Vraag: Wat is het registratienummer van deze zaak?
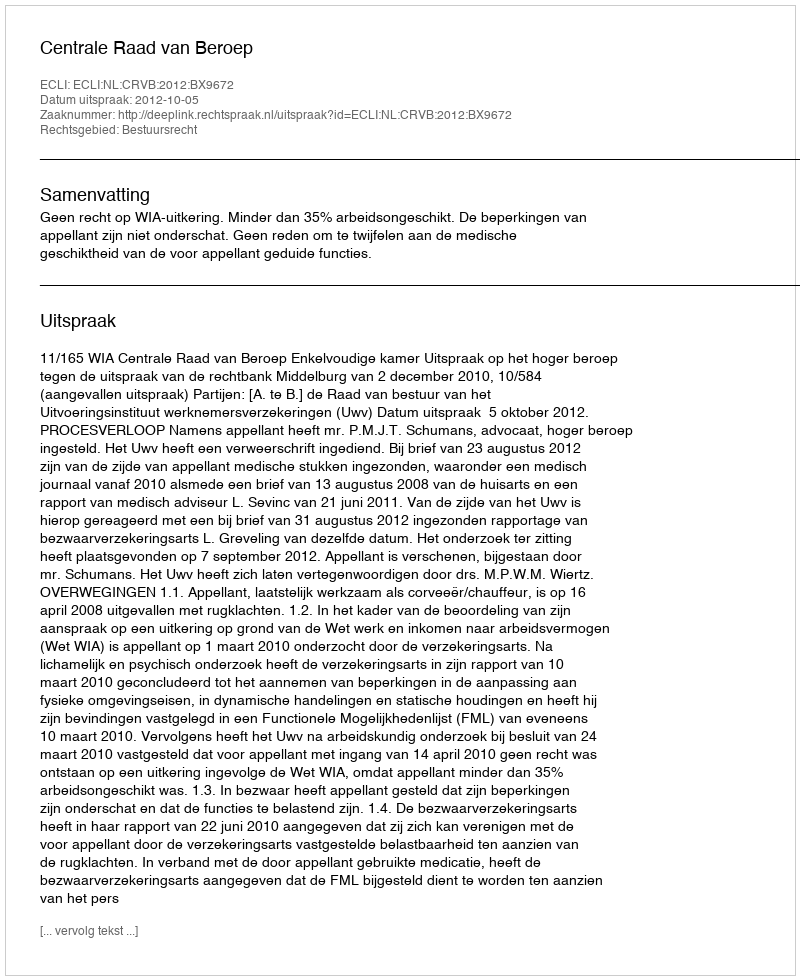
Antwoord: http://deeplink.rechtspraak.nl/uitspraak?id=ECLI:NL:CRVB:2012:BX9672